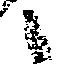
候